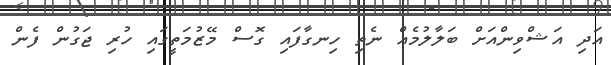
އަދި އަޝްވިންއަށް ބަލާލުމެއް ނެތި ހިނގާފައި ގޮސް މޭޒުމަތީގައި ހުރި ޖަގުން ފެން